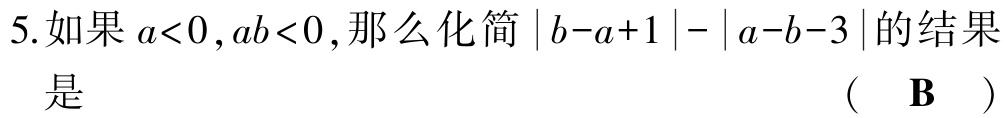
5.如果 \(a<0,ab<0\),那么化简 \(|b - a + 1| - |a - b - 3|\)的结果
是 （ B ）